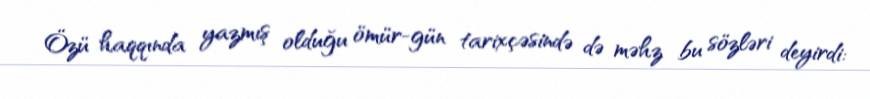
Özü haqqında yazmış olduğu ömür-gün tarixçəsində də məhz bu sözləri deyirdi: